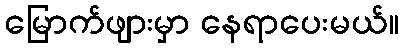
မြောက်ဖျားမှာ နေရာပေးမယ်။